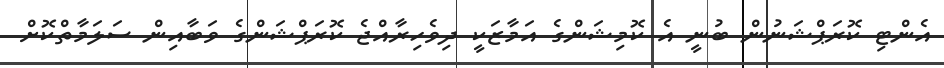
އެންޓި ކޮރަޕްޝަނުން ބުނީ އެ ކޮމިޝަންގެ އަމާޒަކީ ދިވެހިރާއްޖެ ކޮރަޕްޝަންގެ ވަބާއިން ސަލަމާތްކޮށް